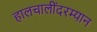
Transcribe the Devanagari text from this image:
हालचालींदरम्यान